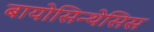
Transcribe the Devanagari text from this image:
बायोसिन्थेसिस